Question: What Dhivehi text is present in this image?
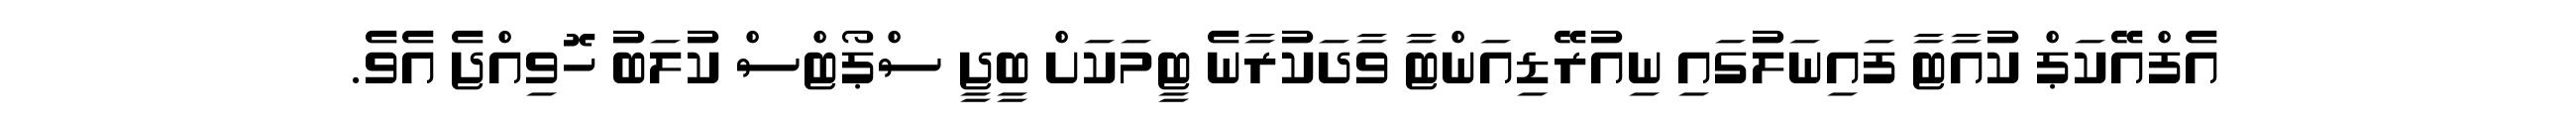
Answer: އެފްއޭކަޕް ކުއާޓާ ފައިނަލުގައި ނިއުރޭޑިއަންޓާ ވާދަކުރާނެ ޓީމަކަށް ބީޖީ ސްޕޯޓްސް ކުލަބު ހޮވިއްޖެ އެވެ.